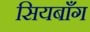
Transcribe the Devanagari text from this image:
सियबाँग